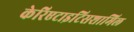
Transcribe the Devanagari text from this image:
केरिएटाइटिसशामिल